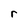
Character: r